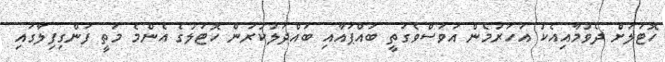
ހޮޓަލަށް ދެވުމާއިއެކު އަހަރުމެން އަވަސްވެގަތީ ބައްޕައާއި ބައްދަލުކުރަން ހޮޓަލުގެ އެންމެ މަތީ ފަންގިފިލާގައި